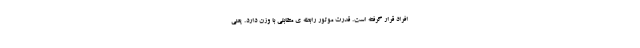
افراد قرار گرفته است. قدرت موتور رابطه ی متقابلی با وزن دارد. یعنی